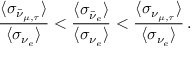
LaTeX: \frac { \langle \sigma _ { \bar { \nu } _ { \mu , \tau } } \rangle } { \langle \sigma _ { \nu _ { e } } \rangle } < \frac { \langle \sigma _ { \bar { \nu } _ { e } } \rangle } { \langle \sigma _ { \nu _ { e } } \rangle } < \frac { \langle \sigma _ { \nu _ { \mu , \tau } } \rangle } { \langle \sigma _ { \nu _ { e } } \rangle } \, .